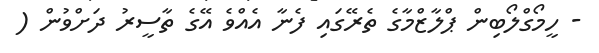
- ހީމޯގްލޯބިން ޕްލާޒްމާގެ ތެރޭގައި ފެނާ އެއްވެ އޭގެ ތާސީރު ދަށްވުން (